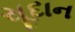
સૂદાન